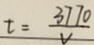
t = \frac { 3 7 7 0 } { v }